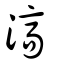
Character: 滈